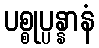
ပစ္စုပ္ပန္နာနံ